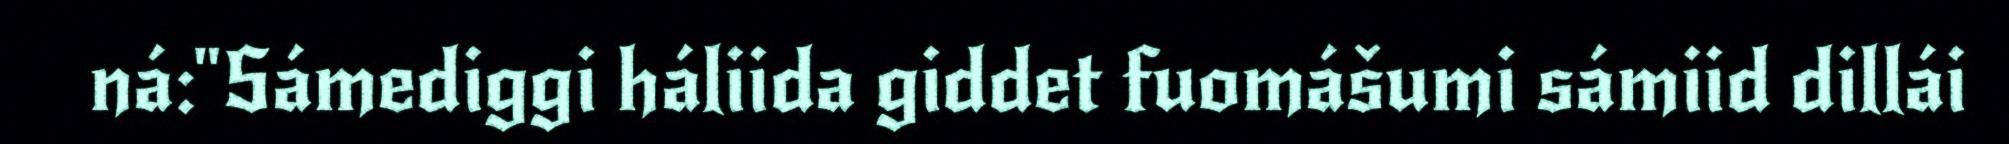
ná:"Sámediggi háliida giddet fuomášumi sámiid dillái